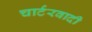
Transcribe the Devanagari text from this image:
चार्टरवादी